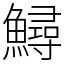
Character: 鱘